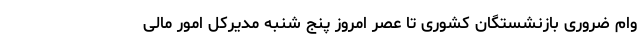
وام ضروری بازنشستگان کشوری تا عصر امروز پنج شنبه مدیرکل امور مالی